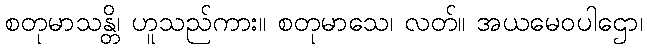
စတုမာသန္တိ၊ ဟူသည်ကား။ စတုမာသေ၊ လတ်။ အယမေဝပါဌော၊